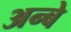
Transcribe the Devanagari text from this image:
अन्बे